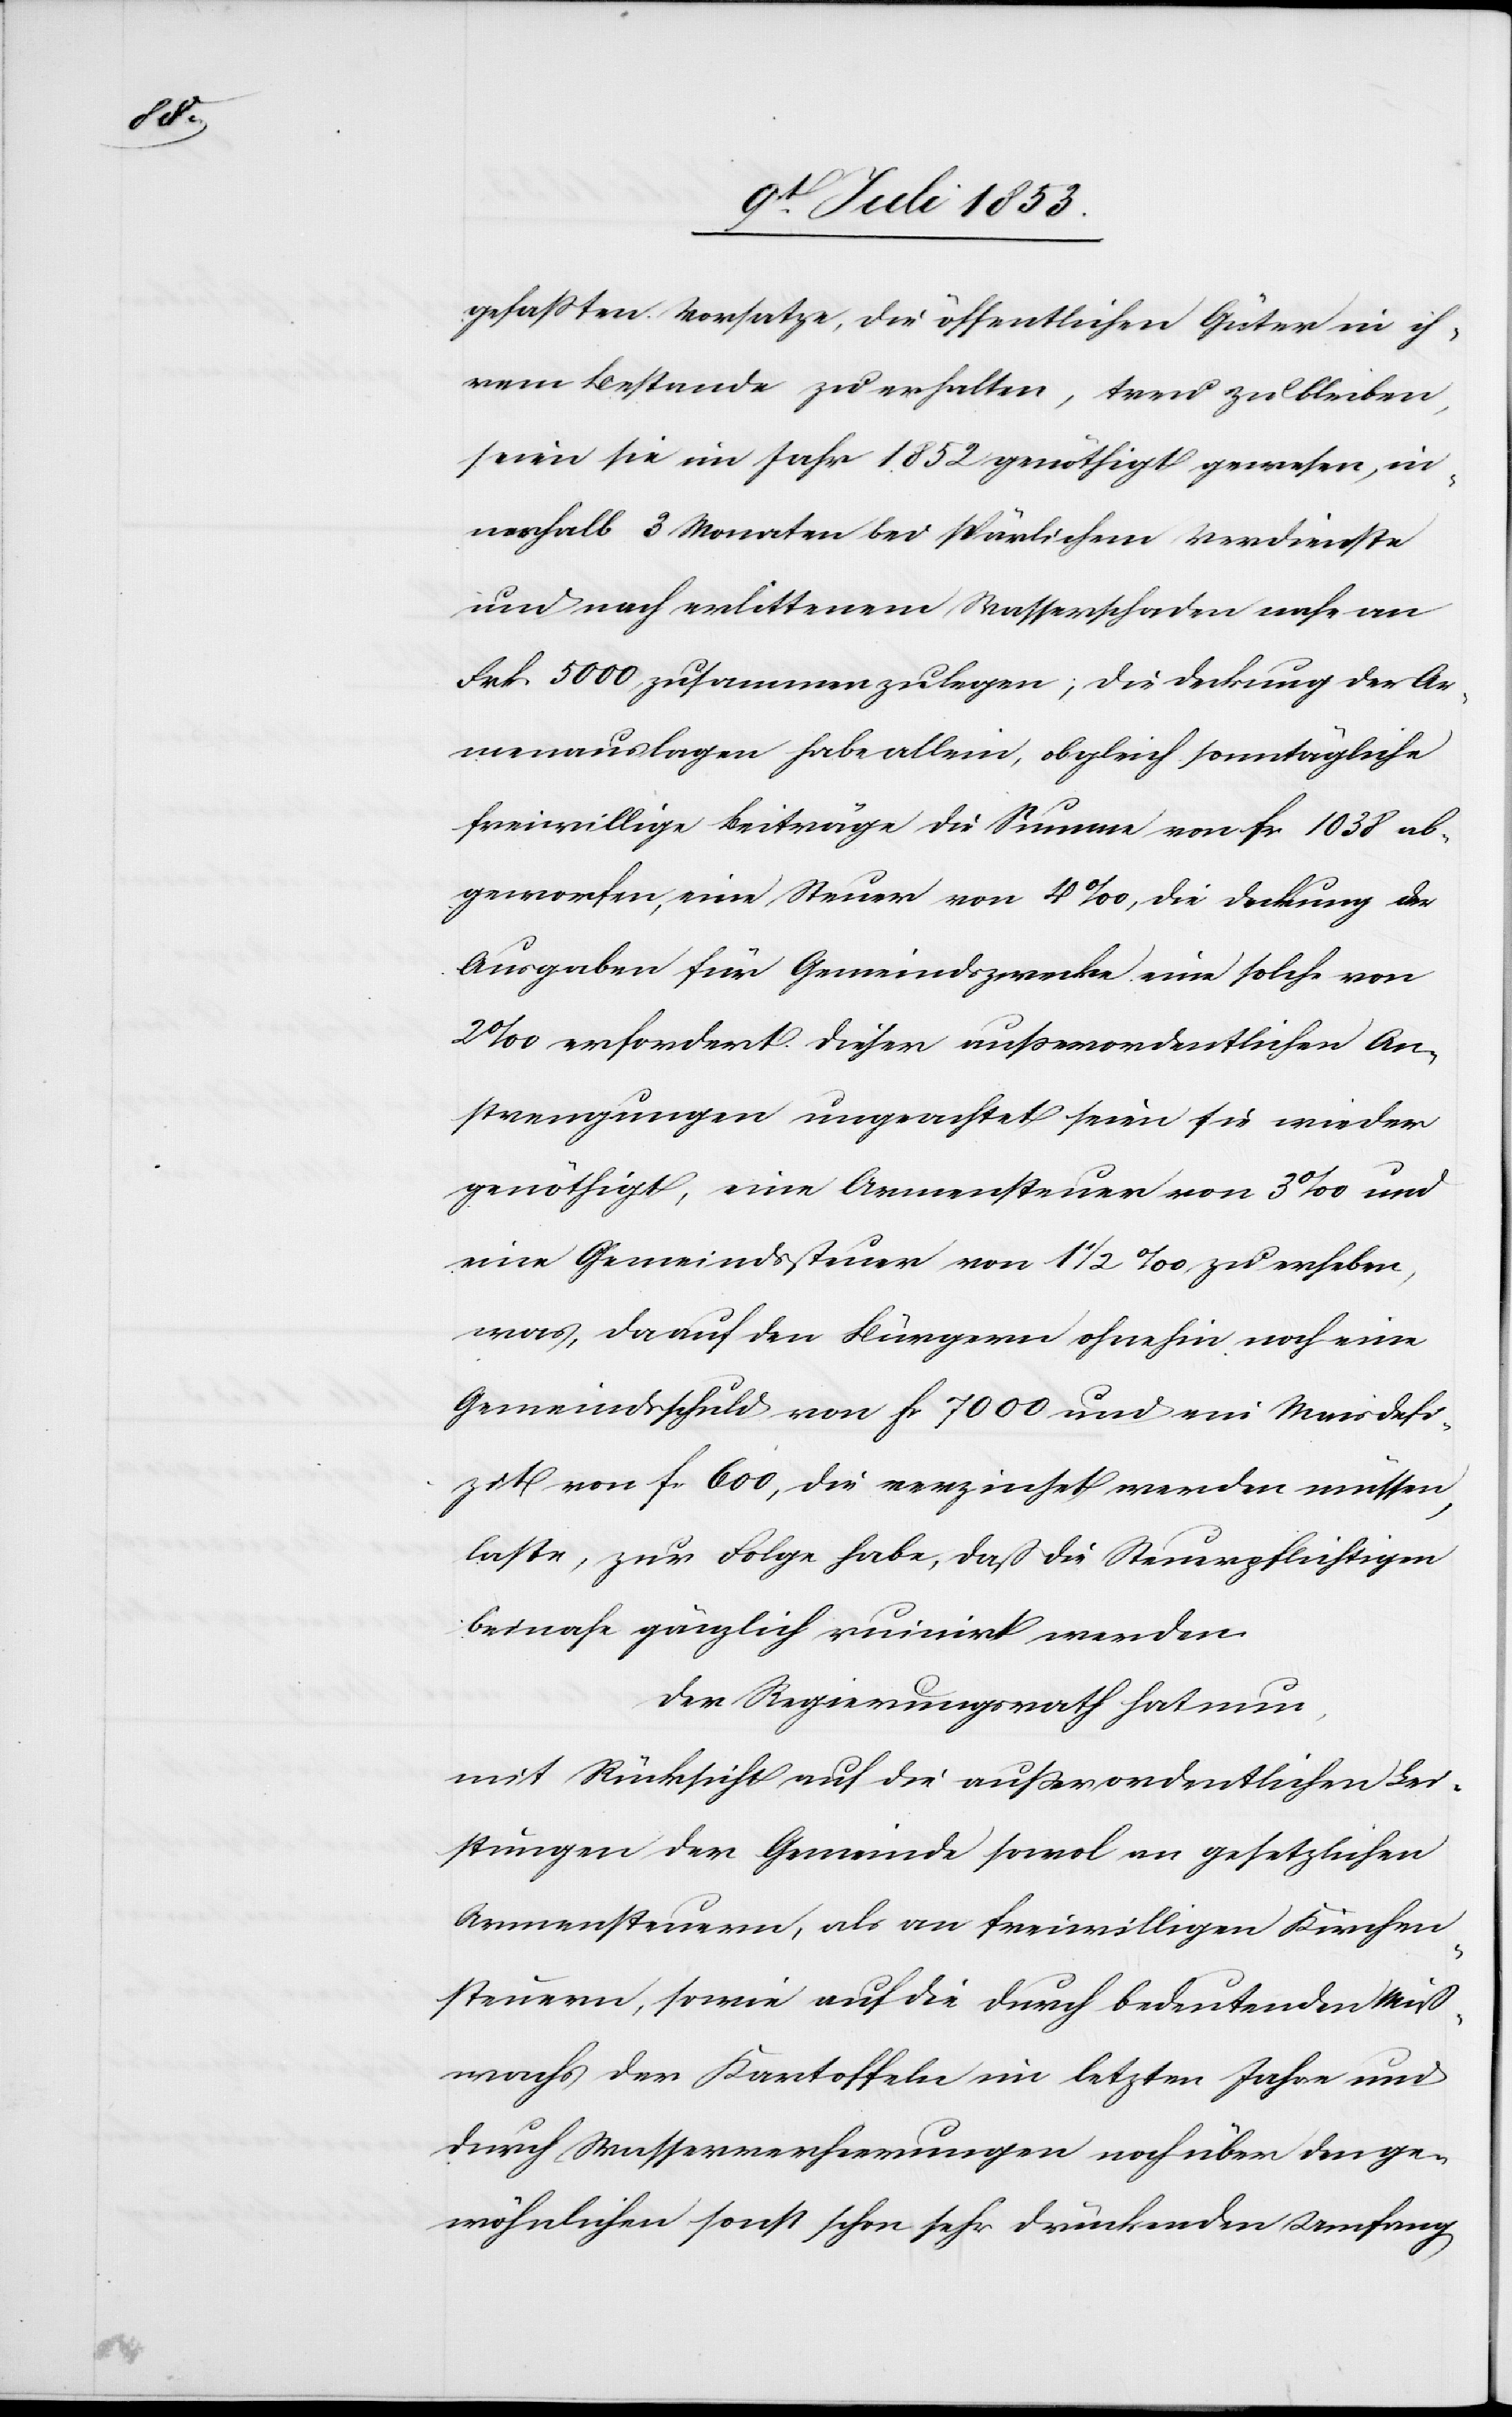
zit

gefaßten Vorsatze, die öffentlichen Güter in ih¬
rem Bestande zu erhalten, treu zu bleiben,
seien sie im Jahr 1852 genöthigt gewesen, in¬
nerhalb 3 Monaten bei spärlichem Verdienste
und nach erlittenem Waßerschaden nahe an
Frk. 5000 zusammenzulegen; die Deckung der Ar¬
menauslagen habe allein, obgleich sonntägliche
freiwillige Beiträge die Summe von fr. 1038 ab¬
geworfen, eine Steuer von 4‰, die Deckung der
Ausgaben für Gemeindszwecke eine solche von
2‰ erfordert. Dieser außerordentlichen An¬
strengungen ungeachtet seien sie wieder
genöthigt, eine Armensteuer von 3‰ und
eine Gemeindssteuer von 1 1/2‰ zu erheben,
was, da auf den Bürgern ohnehin noch eine
Gemeindsschuld von fr. 7000 und ein Maisdefi¬
[sic!] von fr. 600, die verzichtet werden müssen,
laste, zur Folge habe, daß die Steuerpflichtigen
beinahe gänzlich ruiniert werden.
Der Regierungsrath hat nun,
mit Rücksicht auf die außerordentlichen Lei¬
stungen der Gemeinde sowol an gesetzlichen
Armensteuern, als an freiwilligen Kirchen¬
steuern, sowie auf die durch bedeutenden Miß¬
wachs der Kartoffeln im letzten Jahre und
durch Waßerrechnungen noch über den ge¬
wöhnlichen sonst schon sehr drückenden Umfang